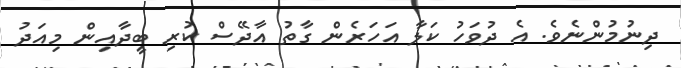
ދިނުމުންނެވެ. އެ ދުވަހު ކަލާ އަހަރެން ގާތު އާދޭސް ކުރި ބީދާއިން މިއަދު